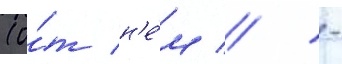
(о́т н'е́м // -